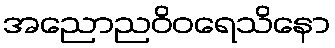
အညောညဝိဝရေသိနော